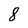
Character: 8